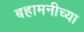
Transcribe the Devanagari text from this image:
बहामनीच्या